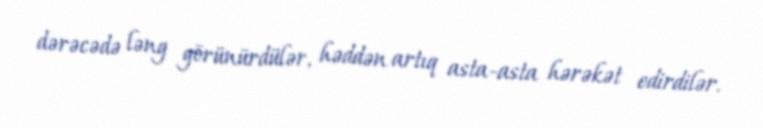
dərəcədə ləng görünürdülər, həddən artıq asta-asta hərəkət edirdilər.